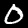
Digit: 0